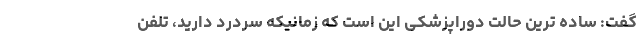
گفت: ساده ترین حالت دوراپزشکی این است که زمانیکه سردرد دارید، تلفن